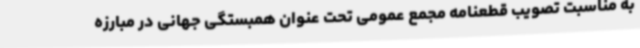
به مناسبت تصویب قطعنامه مجمع عمومی تحت عنوان همبستگی جهانی در مبارزه